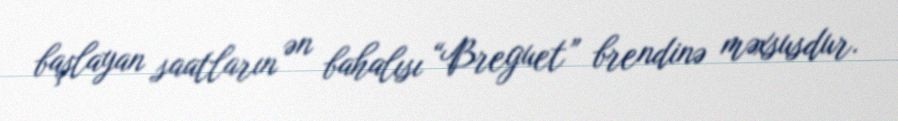
başlayan saatların ən bahalısı “Breguet” brendinə məxsusdur.